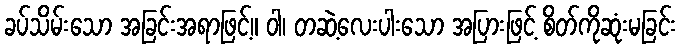
ခပ်သိမ်းသော အခြင်းအရာဖြင့်။ ဝါ၊ တဆဲ့လေးပါးသော အပြားဖြင့် စိတ်ကိုဆုံးမခြင်း